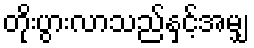
တိုးပွားလာသည်နှင့်အမျှ